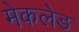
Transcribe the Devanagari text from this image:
मेकलेड